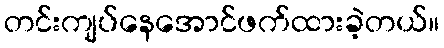
တင်းကျပ်နေအောင်ဖက်ထားခဲ့တယ်။